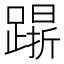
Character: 𨄸